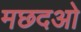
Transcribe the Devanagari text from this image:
मछदओ